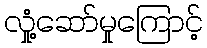
လှုံ့ဆော်မှုကြောင့်